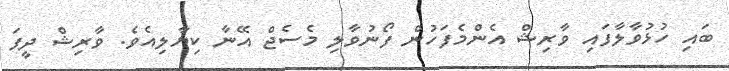
ބައި ހުޅުވާލާފައި ވާރިޝް އެންމެފަހުން ފޯނުވާލި މެސެޖް އޭނާ ކިޔާލިއެވެ. ވާރިޝް ދީފަ